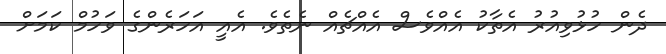
ދެން ހުޅުވިއުރު އެތާކު އެއްވެސް އެއްޗެއް ނެތެވެ. އެއީ އަހަރެންގެ ވަހުމް ކަމަށް